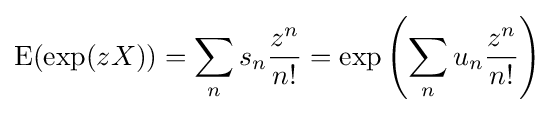
\operatorname {E} (\exp(zX))=\sum _{n}s_{n}{\frac {z^{n}}{n!}}=\exp \left(\sum _{n}u_{n}{\frac {z^{n}}{n!}}\right)